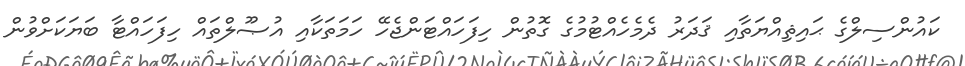
ކައުންސިލްގެ ޙައިޘިއްޔަތާއި ޤަދަރު ދެމެހެއްޓުމުގެ ގޮތުން ހިފަހައްޓަންޖެހޭ ހަމަތަކާއި އުޞޫލްތައް ހިފަހައްޓާ ބަޔަކަށްވުން